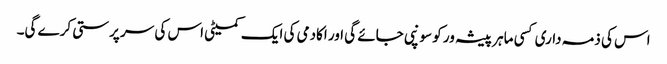
اس کی ذمہ داری کسی ماہر پیشہ ور کو سونپی جائے گی اور اکادمی کی ایک کمیٹی اس کی سر پرستی کرے گی۔